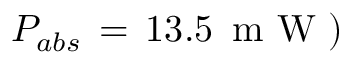
P _ { a b s } \, = \, 1 3 . 5 \, \mathrm { ~ m ~ W ~ } )